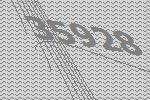
35928